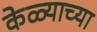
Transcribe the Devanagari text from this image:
केळ्याच्या